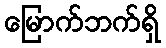
မြောက်ဘက်ရှိ